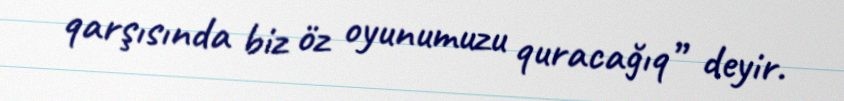
qarşısında biz öz oyunumuzu quracağıq” deyir.